Document type: Sale
Year: 1423
Scribe: Joan Franc
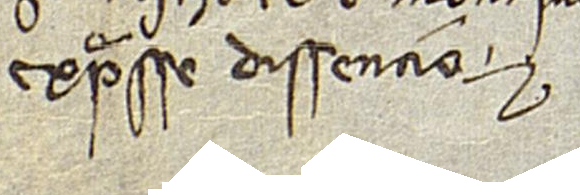
expresse dissencio.